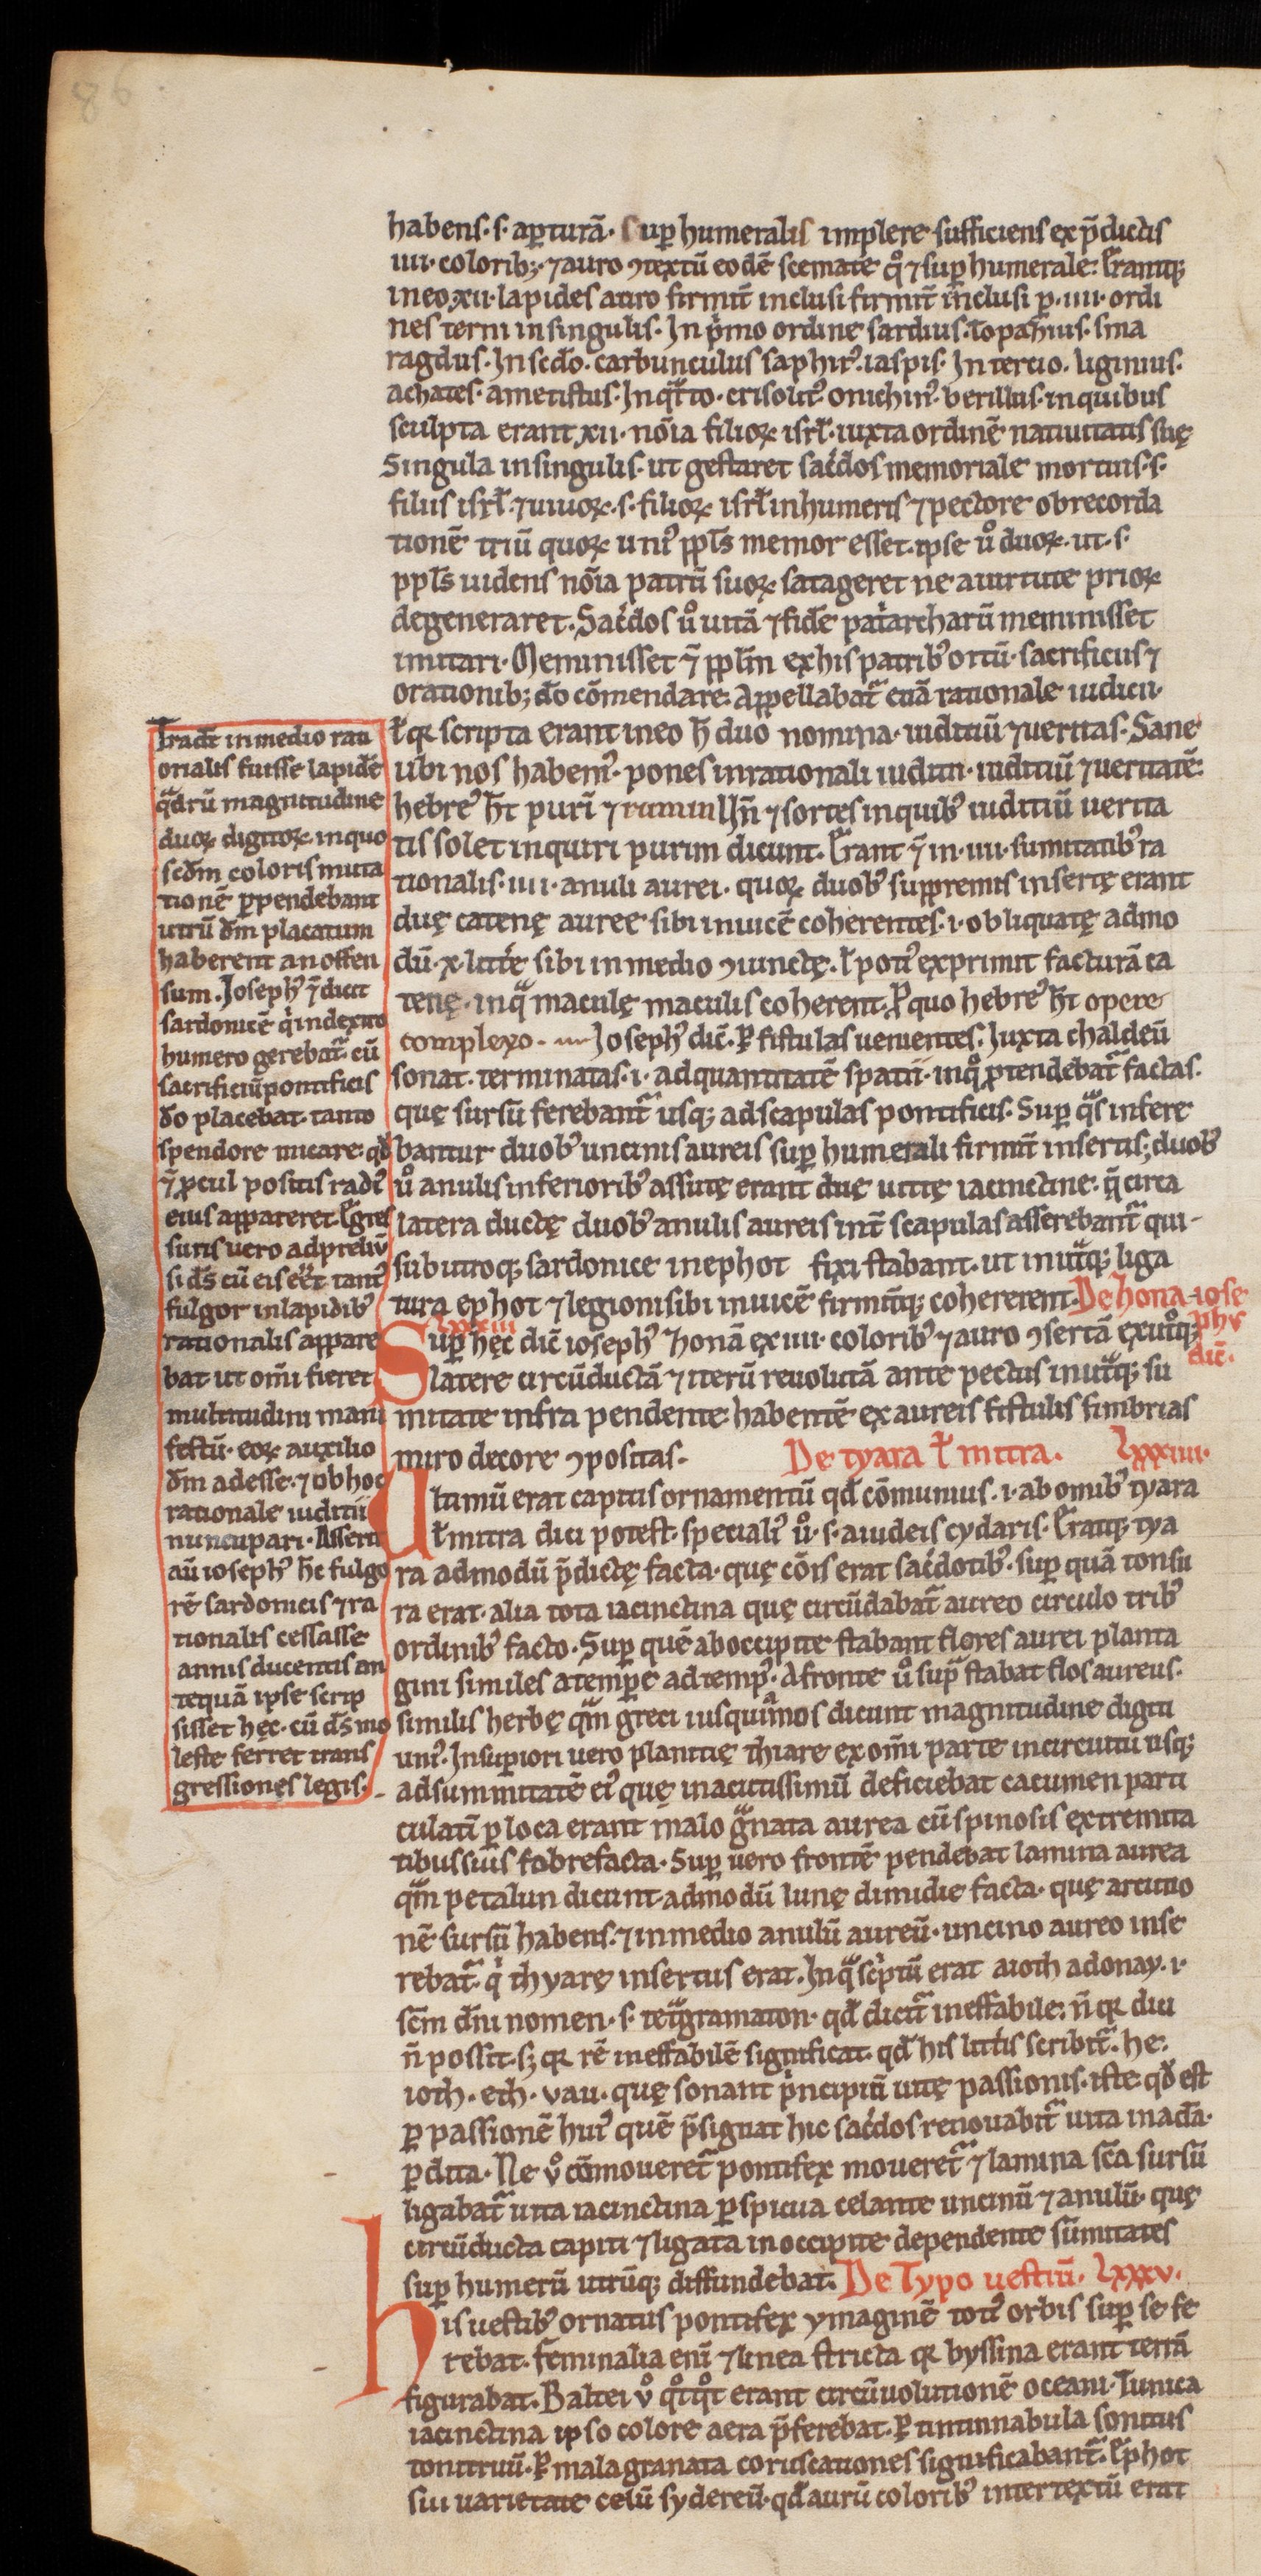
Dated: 1200–1299